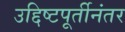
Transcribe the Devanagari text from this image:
उद्दिष्टपूर्तीनंतर